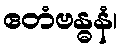
ဧတံဗန္ဓနံ၊